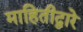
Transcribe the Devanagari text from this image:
माहितीद्वारे